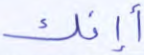
أإنك